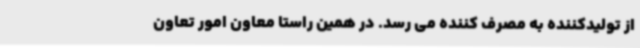
از تولیدکننده به مصرف کننده می رسد. در همین راستا معاون امور تعاون